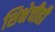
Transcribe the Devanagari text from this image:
शिक्षेचीही